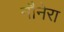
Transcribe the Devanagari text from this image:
नौनेरा